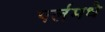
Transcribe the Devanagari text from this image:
पर्लमधे